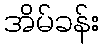
အိမ်ခန်း